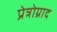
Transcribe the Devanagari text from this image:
प्रेत्रोग्राद